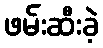
ဖမ်းဆီးခဲ့